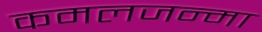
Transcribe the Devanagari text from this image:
कमलजन्मा